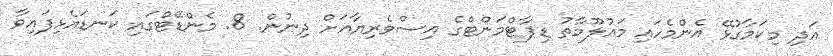
އަދި މިކަމާގުޅޭ އެންމެހައި މަޢުލޫމާތު ޑިޕާޓްމަންޓްގެ އިސްވެރިޔާއަށް ދިނުން. 8. މެންޑޭޓްގައި ކަނޑައެޅިފައިވާ